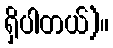
ရှိပါတယ်)။